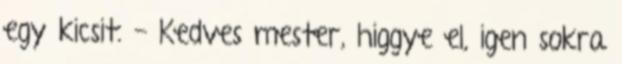
egy kicsit. - Kedves mester, higgye el, igen sokra